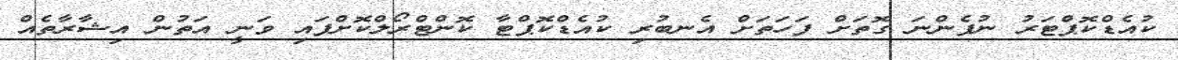
ކުއެޑްކޮޕްޓަރު ނުފެންނަ ގޮތަށް ފަހަތަށް އެނބުރި ކުއެޑްކޮޕްޓާ ކޮންޓްރޯލްކޮށްފައި ވަނީ އަތުން އިޝާރާތެއް